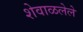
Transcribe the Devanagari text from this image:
शेवाळलेले